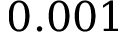
0 . 0 0 1